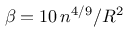
\beta = 1 0 \, n ^ { 4 / 9 } / R ^ { 2 }